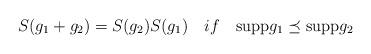
LaTeX: \begin{align*}S(g_1 + g_2) = S(g_2) S(g_1) \quad if \quad \mbox{supp} g_1 \preceq \mbox{supp} g_2\end{align*}